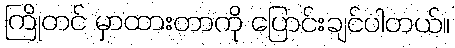
ကြိုတင် မှာထားတာကို ပြောင်းချင်ပါတယ်။